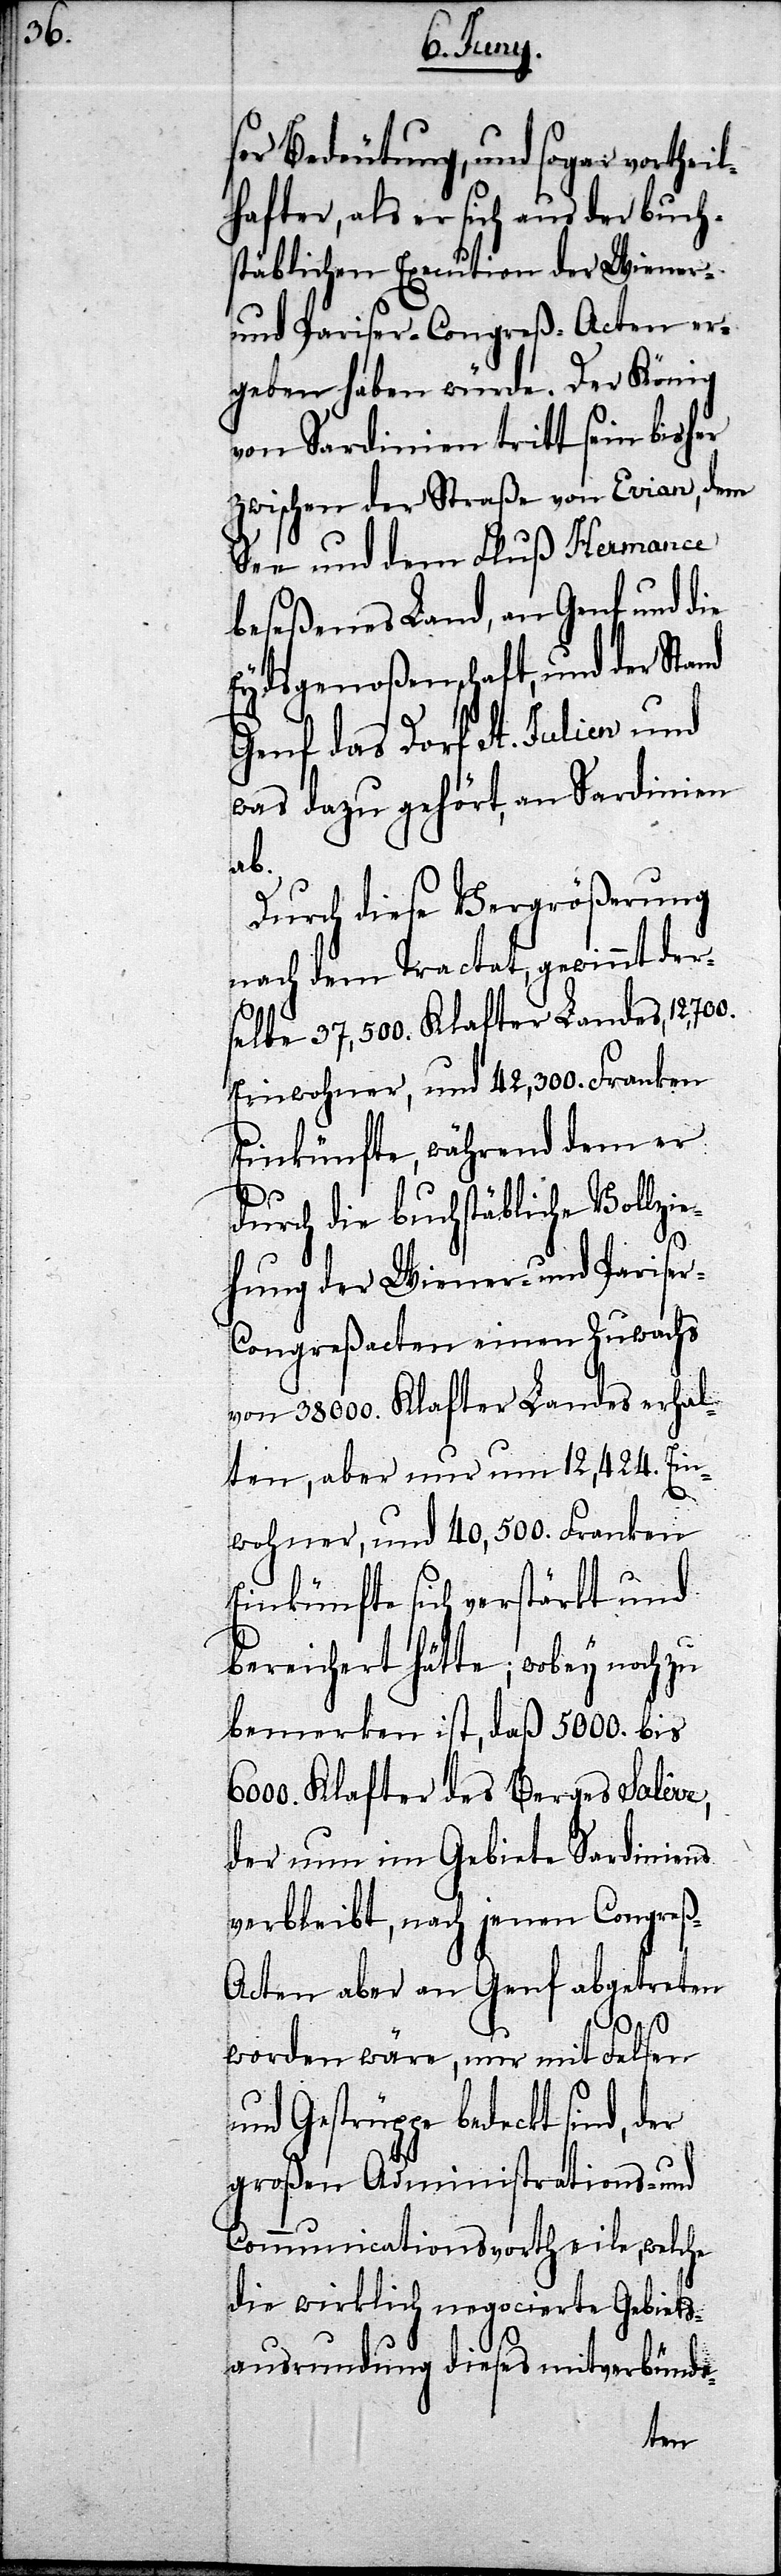
ser Bedeutung, und sogar vorthei¬
lhafter, als er sich aus der buch¬
stäblichen Execution der Wiener-
und Pariser-Congreß-Acten er¬
geben haben würde. Der König
von Sardinien tritt sein bisher
zwischen der Straße von Evian, dem
See und dem Fluß Hermance
beseßenes Land, an Genf und die
Eydsgenoßenschaft, und der Stand
Genf das Dorf St. Julien und
was dazu gehört, an Sardinien
ab.
Durch diese Vergrößerung
nach dem Tractat, gewinnt der¬
selbe 37,000. Klafter Landes, 12,700.
Einwohner, und 42,300. Franken
Einkünfte, während dem er
durch die buchstäbliche Vollzi¬
ehung der Wiener- und Parise¬
r-Congreßacten einen Zuwachs
von 38000. Klafter Landes erhal¬
ten, aber nur um 12,424. Ein¬
wohner, und 40,500. Franken
Einkünfte sich verstärkt und
bereichert hätte; wobey noch zu
bemerken ist, daß 5000. bis
Klafter des Berges Salêve,
der nun im Gebiete Sardiniens
verbleibt, nach jenen Congreß-A¬
cten aber an Genf abgetreten
6000.
worden wäre, nur mit Felsen
und Gestrüppe bedeckt sind,
großen Administrations- und
Communicationsvortheile, welche
die wirklich negocierte Gebiets¬
ausrundung dieses mitverbünde-